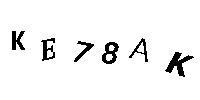
KE78AK